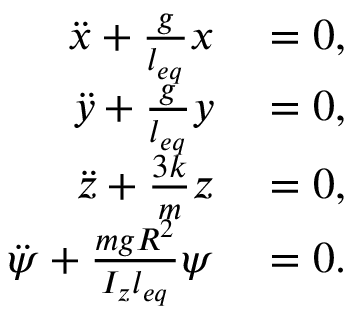
\begin{array} { r l } { \ddot { x } + \frac { g } { l _ { e q } } x } & { { } = 0 , } \\ { \ddot { y } + \frac { g } { l _ { e q } } y } & { { } = 0 , } \\ { \ddot { z } + \frac { 3 k } { m } z } & { { } = 0 , } \\ { \ddot { \psi } + \frac { m g R ^ { 2 } } { I _ { z } l _ { e q } } \psi } & { { } = 0 . } \end{array}